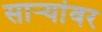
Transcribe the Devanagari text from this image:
साऱ्यांवर